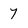
Character: 7